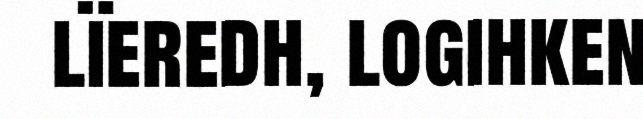
lïeredh, logihken